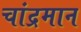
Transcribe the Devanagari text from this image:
चांद्रमान